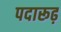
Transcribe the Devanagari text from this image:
पदारूढ़